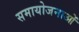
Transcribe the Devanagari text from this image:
समायोजनाओं